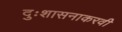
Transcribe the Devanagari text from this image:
दुःशासनाकरवी